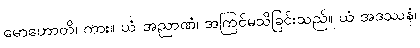
မောဟောတိ၊ ကား။ ယံ အညာဏံ၊ အကြင်မသိခြင်းသည်။ ယံ အဒဿနံ၊